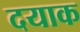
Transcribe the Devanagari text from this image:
दयाक